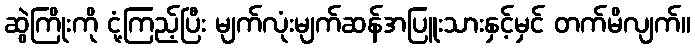
ဆွဲကြိုးကို ငုံ့ကြည့်ပြီး မျက်လုံးမျက်ဆန်အပြူးသားနှင့်မှင် တက်မိလျက်။